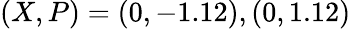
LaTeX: (X,P)=(0,-1.12),(0,1.12)